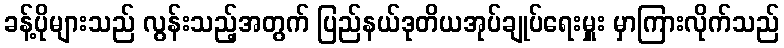
ခန့်ပိုများသည် လွန်းသည့်အတွက် ပြည်နယ်ဒုတိယအုပ်ချုပ်ရေးမှူး မှာကြားလိုက်သည်